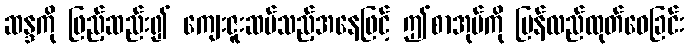
ဆန္ဒကို ဖြည့်ဆည်း၍ ကျေးဇူးဆပ်သည့်အနေဖြင့် ဤစာအုပ်ကို ပြန်လည်ထုတ်ဝေခြင်း